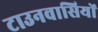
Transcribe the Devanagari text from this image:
टाउनवासियों